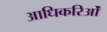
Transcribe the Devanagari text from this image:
आधिकरिओं